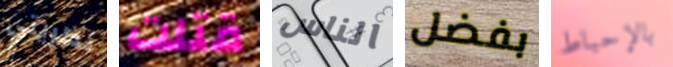
نظريتي قتلت الناس بفضل بالإحباط